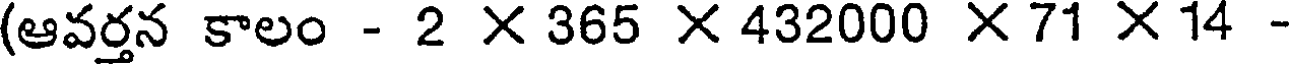
(ఆవర్తన కాలం - 2 X 365 X 432000 X 71 X 14 -